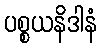
ပစ္စယနိဒါနံ